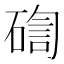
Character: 𥔀